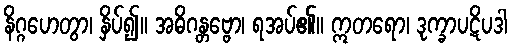
နိဂ္ဂဟေတွာ၊ နှိပ်၍။ အဓိဂန္တဗ္ဗော၊ ရအပ်၏။ ဣတရော၊ ဒုက္ခာပဋိပဒါ